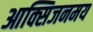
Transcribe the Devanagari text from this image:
आक्सिजनमय